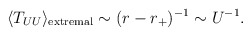
\begin{align*}\langle T_{UU} \rangle_{\rm extremal}\sim (r-r_+)^{-1} \sim U^{-1}.\end{align*}